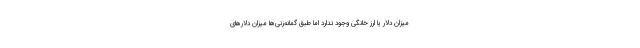
میزان دلار یا ارز خانگی وجود ندارد اما طبق گمانه‌زنی‌ها میزان دلارهای